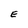
Character: E